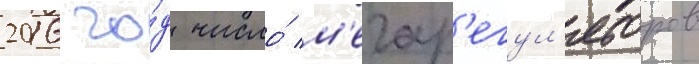
2016 го́д число́ м'егар'егул'яторов